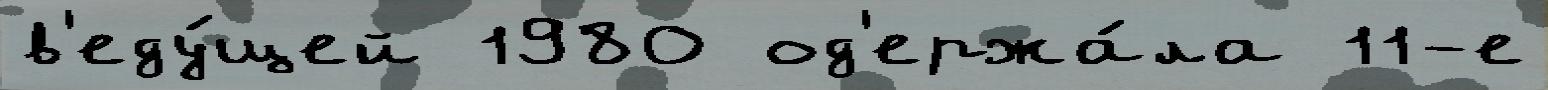
в'еду́щей 1980 од'ержа́ла 11-е